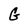
Character: G